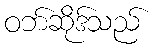
ဝဘ်ဆိုဒ်သည်